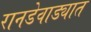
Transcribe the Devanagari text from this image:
रानडेवाड्यात